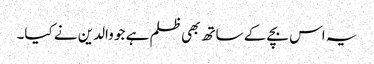
یہ اس بچے کے ساتھ بھی ظلم ہے جو والدین نے کیا۔